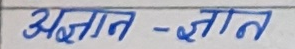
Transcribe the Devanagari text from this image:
अज्ञात - ज्ञात